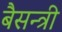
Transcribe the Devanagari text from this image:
बैसन्त्री